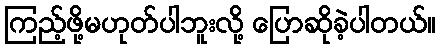
ကြည့်ဖို့မဟုတ်ပါဘူးလို့ ပြောဆိုခဲ့ပါတယ်။